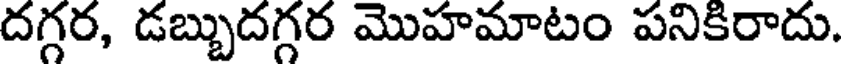
దగ్గర, డబ్బుదగ్గర మొహమాటం పనికిరాదు.